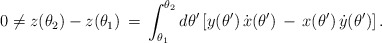
\begin{align*}0 \neq z(\theta_2) - z(\theta_1) \,=\, \int_{\theta_1}^{\theta_2}d\theta'\left[y(\theta')\,\dot{x}(\theta') \,-\, x(\theta')\,\dot{y}(\theta')\right].\end{align*}